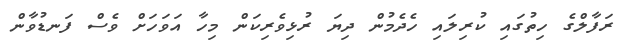
ރަފާލްގެ ހިތުގައި ކުރިލައި ހެދެމުން ދިޔަ ރުޅިވެރިކަން މިހާ އަވަހަށް ވެސް ފަނޑުވާން